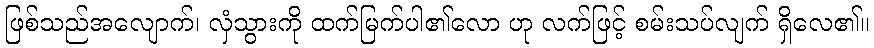
ဖြစ်သည်အလျောက်၊ လှံသွားကို ထက်မြက်ပါ၏လော ဟု လက်ဖြင့် စမ်းသပ်လျက် ရှိလေ၏။